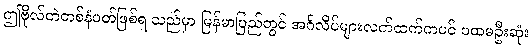
ဤဗိုလ်တဲတစ်နံပတ်ဖြစ်ရ သည်မှာ မြန်မာပြည်တွင် အင်္ဂလိပ်များလက်ထက်ကပင် ပထမဦးဆုံး